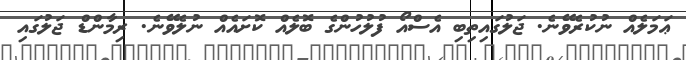
ޢަމަލެއް ނުކުރެވޭނެ. ޖަލުގައިތިބި އެސްއޯ ފުލުހުންގެ ބޮލެއް ކޮށައެއް ނުލެވޭނެ. ރިމާންޑް ޖަލުގައި